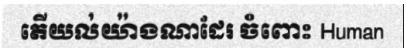
តើយល់យ៉ាងណាដែរ ចំពោះ Human